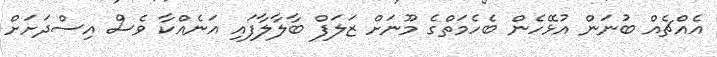
އެއްޗެއް ބުނަން އުޅޭހެން ބެހެމަތްގެ މޫނަށް ޒަލަފް ބާލާލާފައި އަނެއްކާ ވެސް އިސްދަށަށް